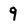
Character: 9